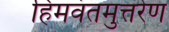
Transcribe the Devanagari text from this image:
हिमवंतमुत्तरेण